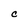
Character: C